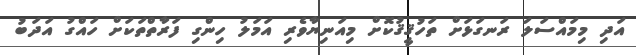
އަދި މިމައްސަލަ ރަނގަޅަށް ތަހުޤީޤުކޮށް މިއަނިޔާވެރި އަމަލު ހިންގި ފަރާތްތަކަށް ހައްގު އަދަބު